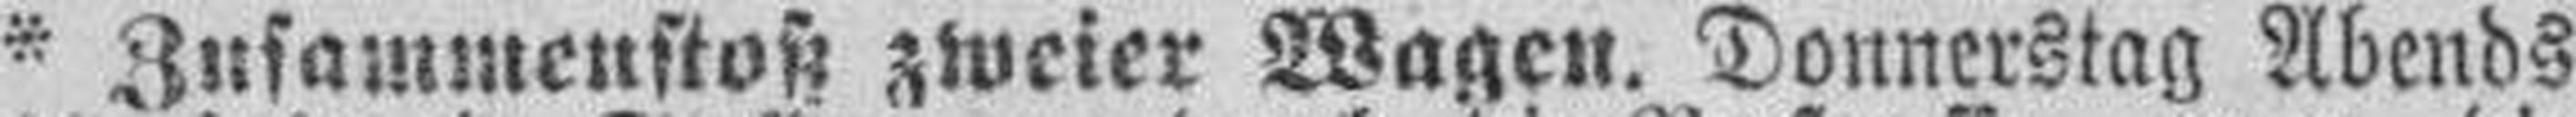
* Zusammenstoß zweier Wagen. Donnerstag Abends